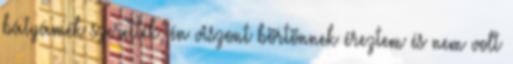
bátyámék szerették, én viszont börtönnek éreztem és nem volt